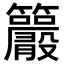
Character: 𥸂